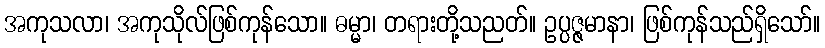
အကုသလာ၊ အကုသိုလ်ဖြစ်ကုန်သော။ ဓမ္မာ၊ တရားတို့သညတ်။ ဥပ္ပဇ္ဇမာနာ၊ ဖြစ်ကုန်သည်ရှိသော်။